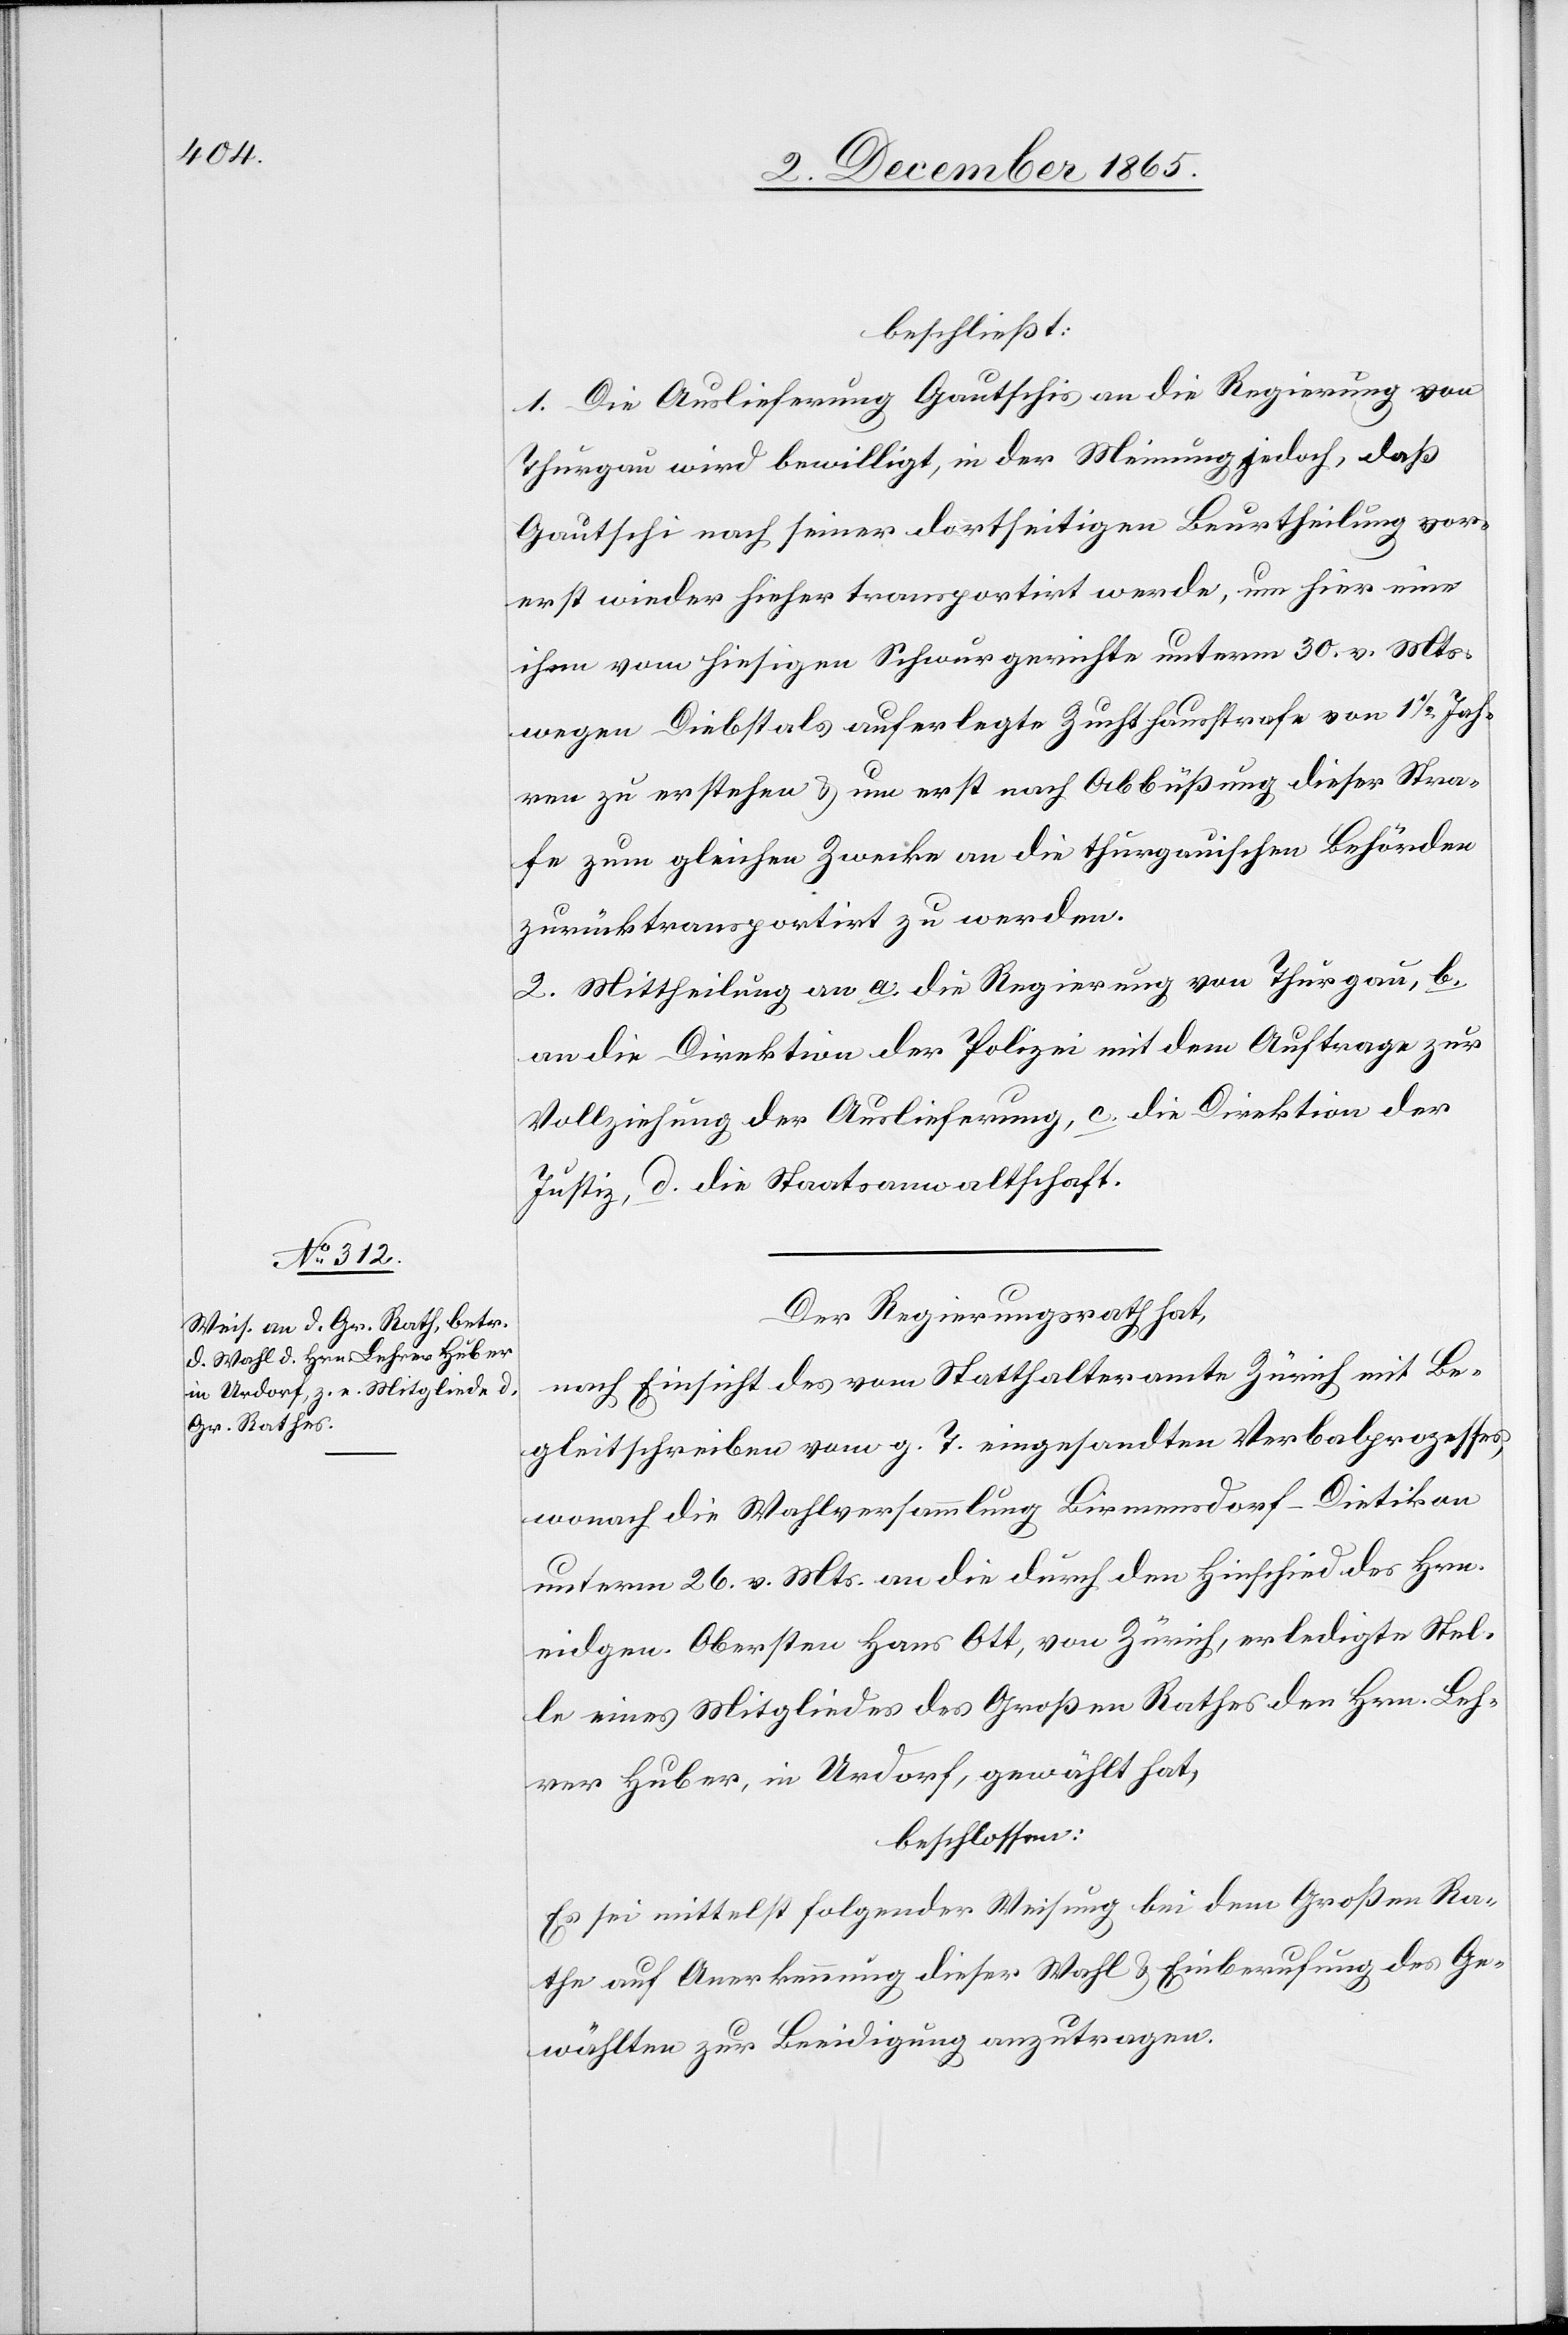
beschließt:
1. Die Auslieferung Gautischs an die Regierung von
Thurgau wird bewilligt, in der Meinung jedoch, daß
Gautschi nach seiner dortseitigen Beurtheilung vor¬
erst wieder hieher transportirt werde, um hier eine
ihm vom hiesigen Schwurgerichte unterm 30. v. Mts.
wegen Diebstals auferlegte Zuchthausstrafe von 1 1/2 Jah¬
ren zu erstehen & um erst nach Abbüßung dieser Stra¬
fe zum gleichen Zwecke an die thurgauischen Behörden
zurück transportirt zu werden.
2. Mittheilung an a. die Regierung von Thurgau, b.
an die Direktion der Polizei mit dem Auftrage zur
Vollziehung der Auslieferung, c. die Direktion der
Justiz, d. die Staatsanwaltschaft.
Der Regierungsrath hat,
nach Einsicht des vom Statthalteramte Zürich mit Be¬
gleitschreiben vom g. T. eingesandten Verbalprozesses,
wonach die Wahlversammlung Birmensdorf-Dietikon
unterm 26. v. Mts. an die durch den Hinschied des Hrn.
eidgen. Obersten Hans Ott, von Zürich, erledigte Stel¬
le eines Mitgliedes des Großen Rathes den Hrn. Leh¬
rer Huber, in Urdorf, gewählt hat,
beschlossen:
Es sei mittelst folgender Weisung bei dem Großen Ra¬
the auf Anerkennung dieser Wahl & Einberufung des Ge¬
wählten zur Beeidigung anzutragen.